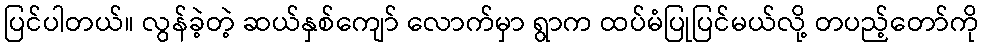
ပြင်ပါတယ်။ လွန်ခဲ့တဲ့ ဆယ်နှစ်ကျော် လောက်မှာ ရွာက ထပ်မံပြုပြင်မယ်လို့ တပည့်တော်ကို